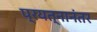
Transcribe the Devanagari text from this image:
प्रयत्नानंतर